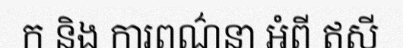
ក និង ការពណ៌នា អំពី ឥសី